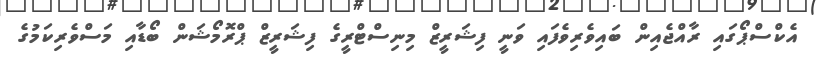
އެކްސްޕޯގައި ރާއްޖެއިން ބައިވެރިވެފައި ވަނީ ފިޝަރީޒް މިނިސްޓްރީގެ ފިޝަރީޒް ޕްރޮމޯޝަން ބޯޑާއި މަސްވެރިކަމުގެ